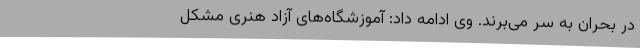
در بحران به سر می‌برند. وی ادامه داد: آموزشگاه‌های آزاد هنری مشکل